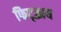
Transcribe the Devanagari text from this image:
फिट्ज़्राय